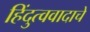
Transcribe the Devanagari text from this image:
हिंदुत्ववादाचे